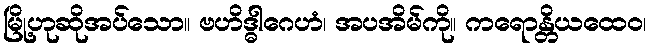
မြို့ဟုဆိုအပ်သော။ ဗဟိဒ္ဓါဂေဟံ၊ အပအိမ်ကို။ ကရောန္တိယထေဝ၊